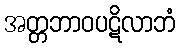
အတ္တဘာဝပဋိလာဘံ